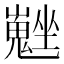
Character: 𡓮